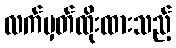
လက်မှတ်ထိုးထားသည့်